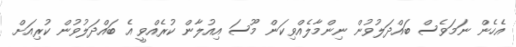
އެހެން ނަމަވެސް ބައްދަލުވުން ނިންމާލެއްވިކަން މޫސަ އިއުލާން ކުރެއްވީ އެ ބައްދަލުވުން ކުރިއަށް